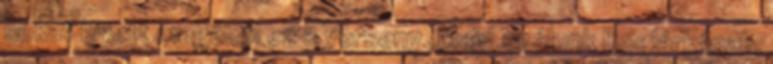
sokat kivett magából ez a verseny. Majd szólunk Boglárkának,